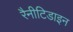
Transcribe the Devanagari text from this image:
रैनीटिडाइन